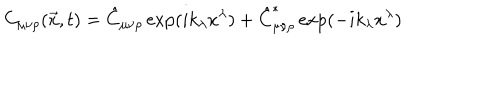
C _ { \mu \nu \rho } ( \vec { x } , t ) = \hat { C } _ { \mu \nu \rho } \exp ( i k _ { \lambda } x ^ { \lambda } ) + \hat { C } _ { \mu \nu \rho } ^ { * } \exp ( - i k _ { \lambda } x ^ { \lambda } )